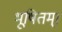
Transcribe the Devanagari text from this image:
भूषितम्।